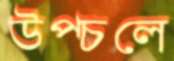
উপ্‌চলে